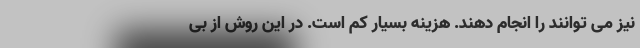
نیز می توانند را انجام دهند. هزینه بسیار کم است. در این روش از بی